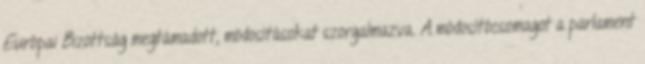
Európai Bizottság megtámadott, módosításokat szorgalmazva. A módosítócsomagot a parlament